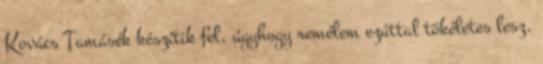
Kovács Tamásék készítik fel, úgyhogy remélem ezúttal tökéletes lesz.